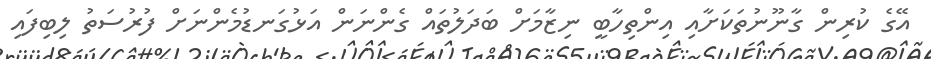
އޭގެ ކުރިން ގާނޫނުތަކަށާއި އިންތިހާބީ ނިޒާމަށް ބަދަލުތައް ގެންނަން އަޅުގަނޑުމެންނަށް ފުރުސަތު ލިބިފައި